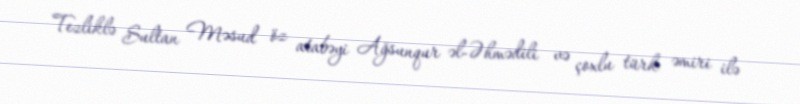
Tezliklə Sultan Məsud öz atabəyi Ağsunqur əl-Əhmədili və çoxlu türk əmiri ilə